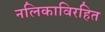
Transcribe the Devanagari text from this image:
नलिकाविरहित